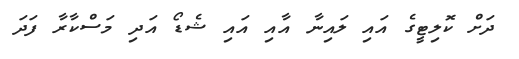
ދަށް ކޮލިޓީގެ އައި ލައިނާ އާއި އައި ޝެޑޯ އަދި މަސްކާރާ ފަދަ